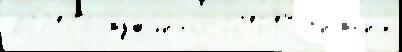
202122 мужчи́ны 201617 з'и́мн'их